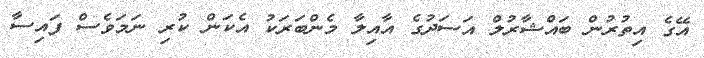
އޭގެ އިތުރުން ބައްޝާރުލް އަސަދުގެ އާއިލާ މެންބަރަކު އެކަން ކުރި ނަމަވެސް ފައިސާ